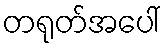
တရုတ်အပေါ်